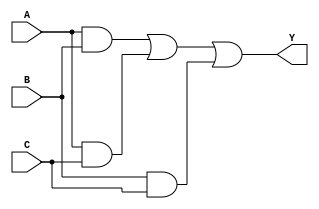
module combinational_logic(
    input wire A,  // Input A
    input wire B,  // Input B
    input wire C,  // Input C
    output wire Y  // Output Y
);

// Internal signals for essential prime implicants
wire AB;    // Represents the implicant for minterms covered by A and B
wire AC;    // Represents the implicant for minterms covered by A and C
wire BC;    // Represents the implicant for minterms covered by B and C

// Implementation of essential prime implicants
assign AB = A & B;         // A AND B; covers minterms (2, 6)
assign AC = A & C;         // A AND C; covers minterms (5, 7)
assign BC = B & C;         // B AND C; covers minterms (6, 7)

// Final output Y based on the identified essential prime implicants
assign Y = AB | AC | BC;   // ORing the prime implicants together

endmodule